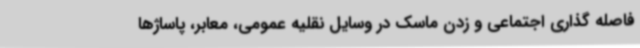
فاصله گذاری اجتماعی و زدن ماسک در وسایل نقلیه عمومی، معابر، پاساژها